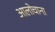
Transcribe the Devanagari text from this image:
आलोचाना